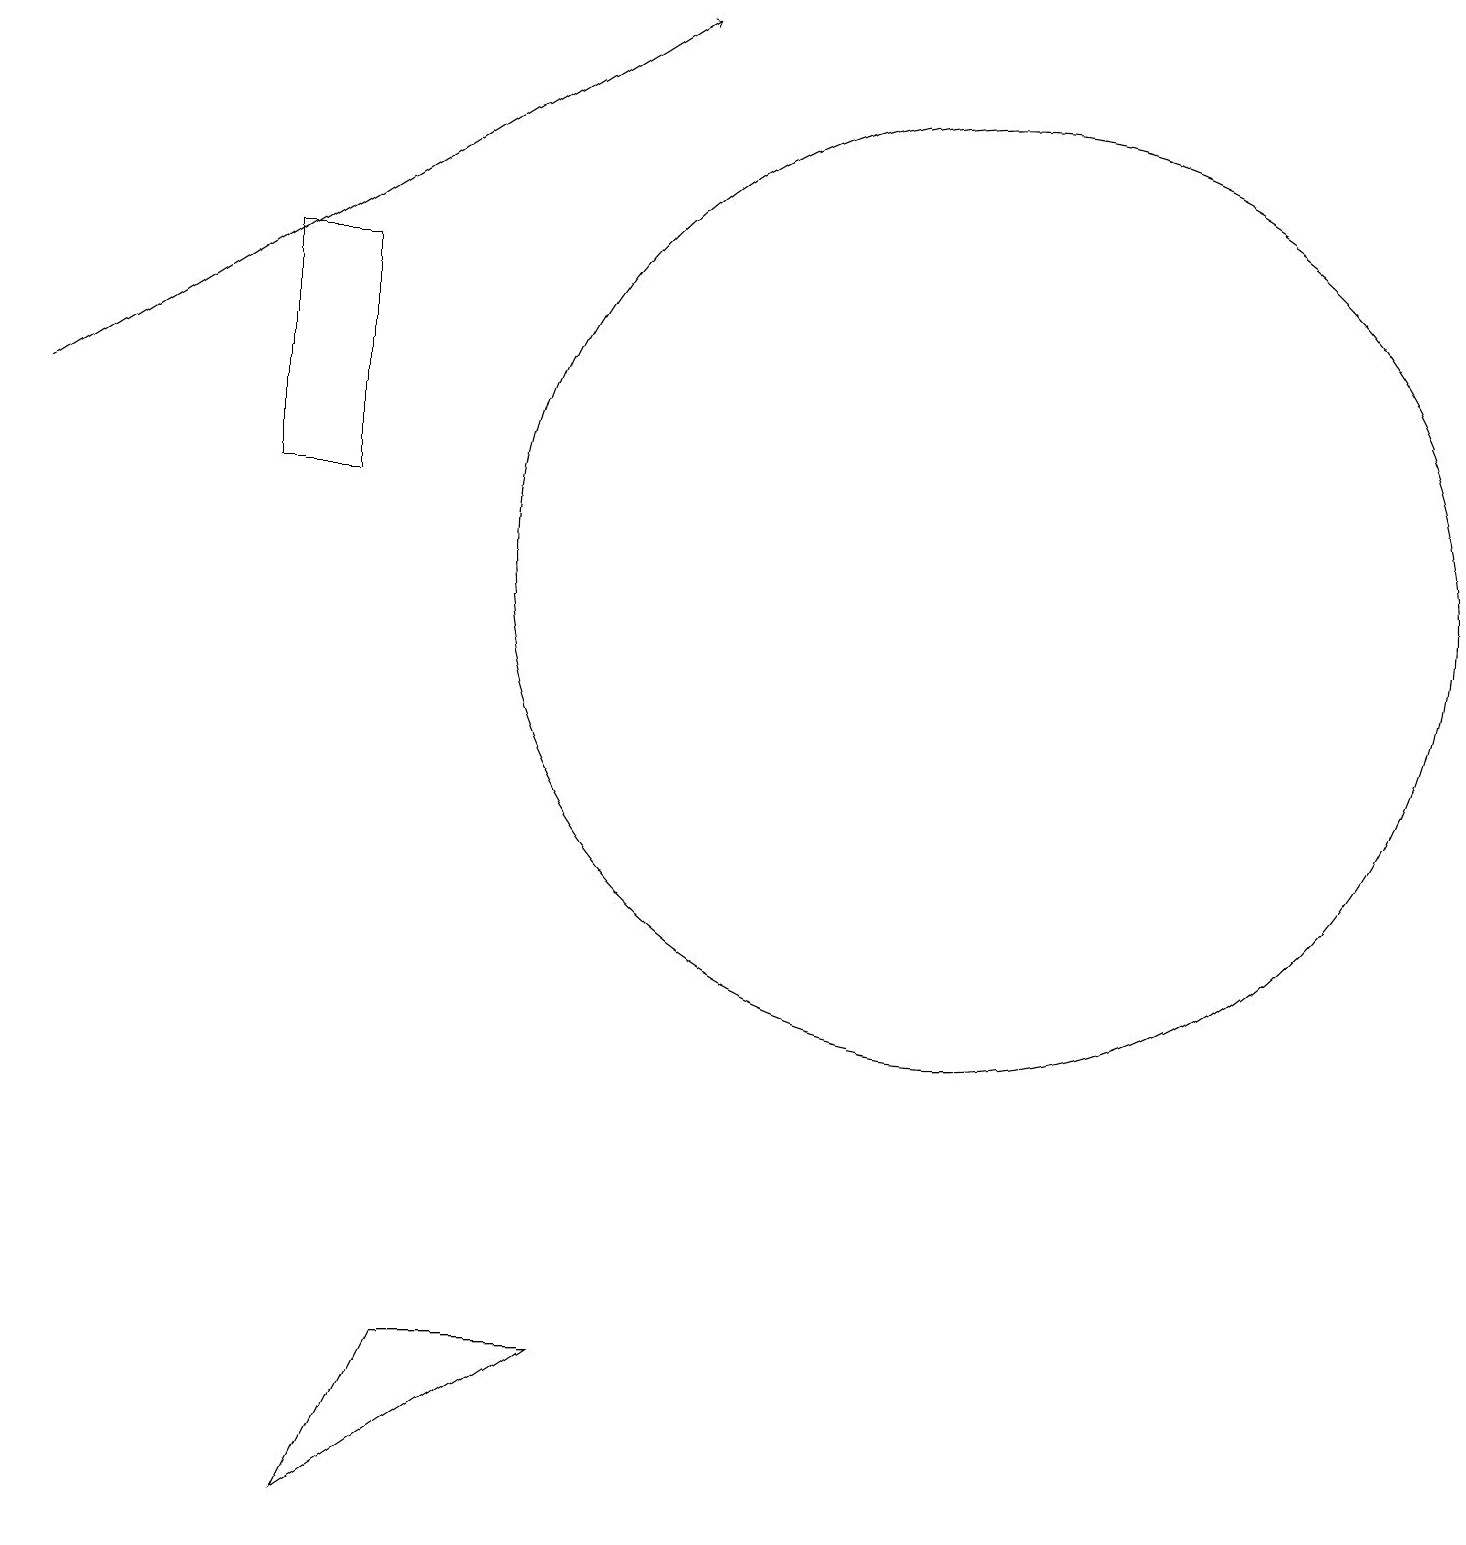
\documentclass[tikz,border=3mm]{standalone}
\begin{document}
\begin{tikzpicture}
\draw (4,16) rectangle (3,13);
\draw (12,12) circle (6);
\draw[->] (0,14) -- (8,19);
\draw (4,0) -- (5,2) -- (7,2) -- cycle;
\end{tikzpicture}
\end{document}